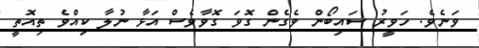
ވަނެވެ. ހަވީރު ސައިބޯން ވެގެން ގޮވަ ގޮވާވެސް އަޅާ ނުލާ ކިއްވެ ތިއޮތީ